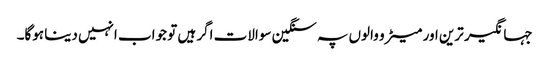
جہانگیر ترین اور میٹرو والوں پہ سنگین سوالات اگر ہیں تو جواب انہیں دینا ہوگا۔